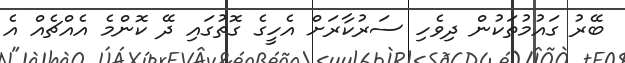
ބޭރު ގައުމުތަކުން ދިވެހި ސަރުކާރަށް އެހީގެ ގޮތުގައި ދޭ ކޮންމެ އެއްޗެއް އެ